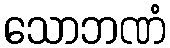
သောဘဏံ